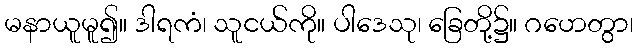
မနာယူမူ၍။ ဒါရကံ၊ သူငယ်ကို။ ပါဒေသု၊ ခြေတို့၌။ ဂဟေတွာ၊